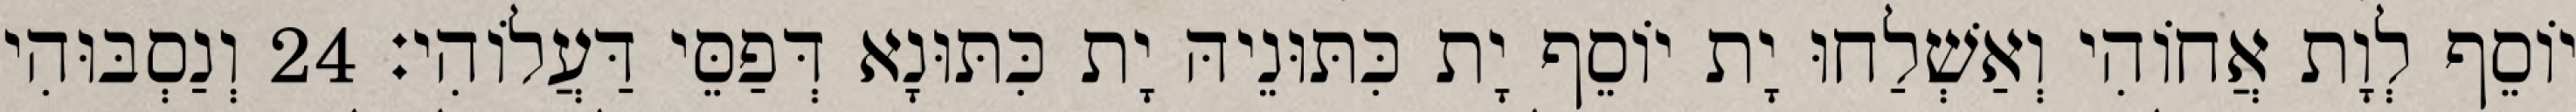
יוֹסֵף לְוָת אֲחוֹהִי וְאַשְׁלַחוּ יָת יוֹסֵף יָת כִּתּוּנֵיהּ יָת כִּתּוּנָא דְּפַסֵּי דַּעֲלוֹהִי׃ 24 וְנַסְבּוּהִי